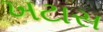
ખટાસ